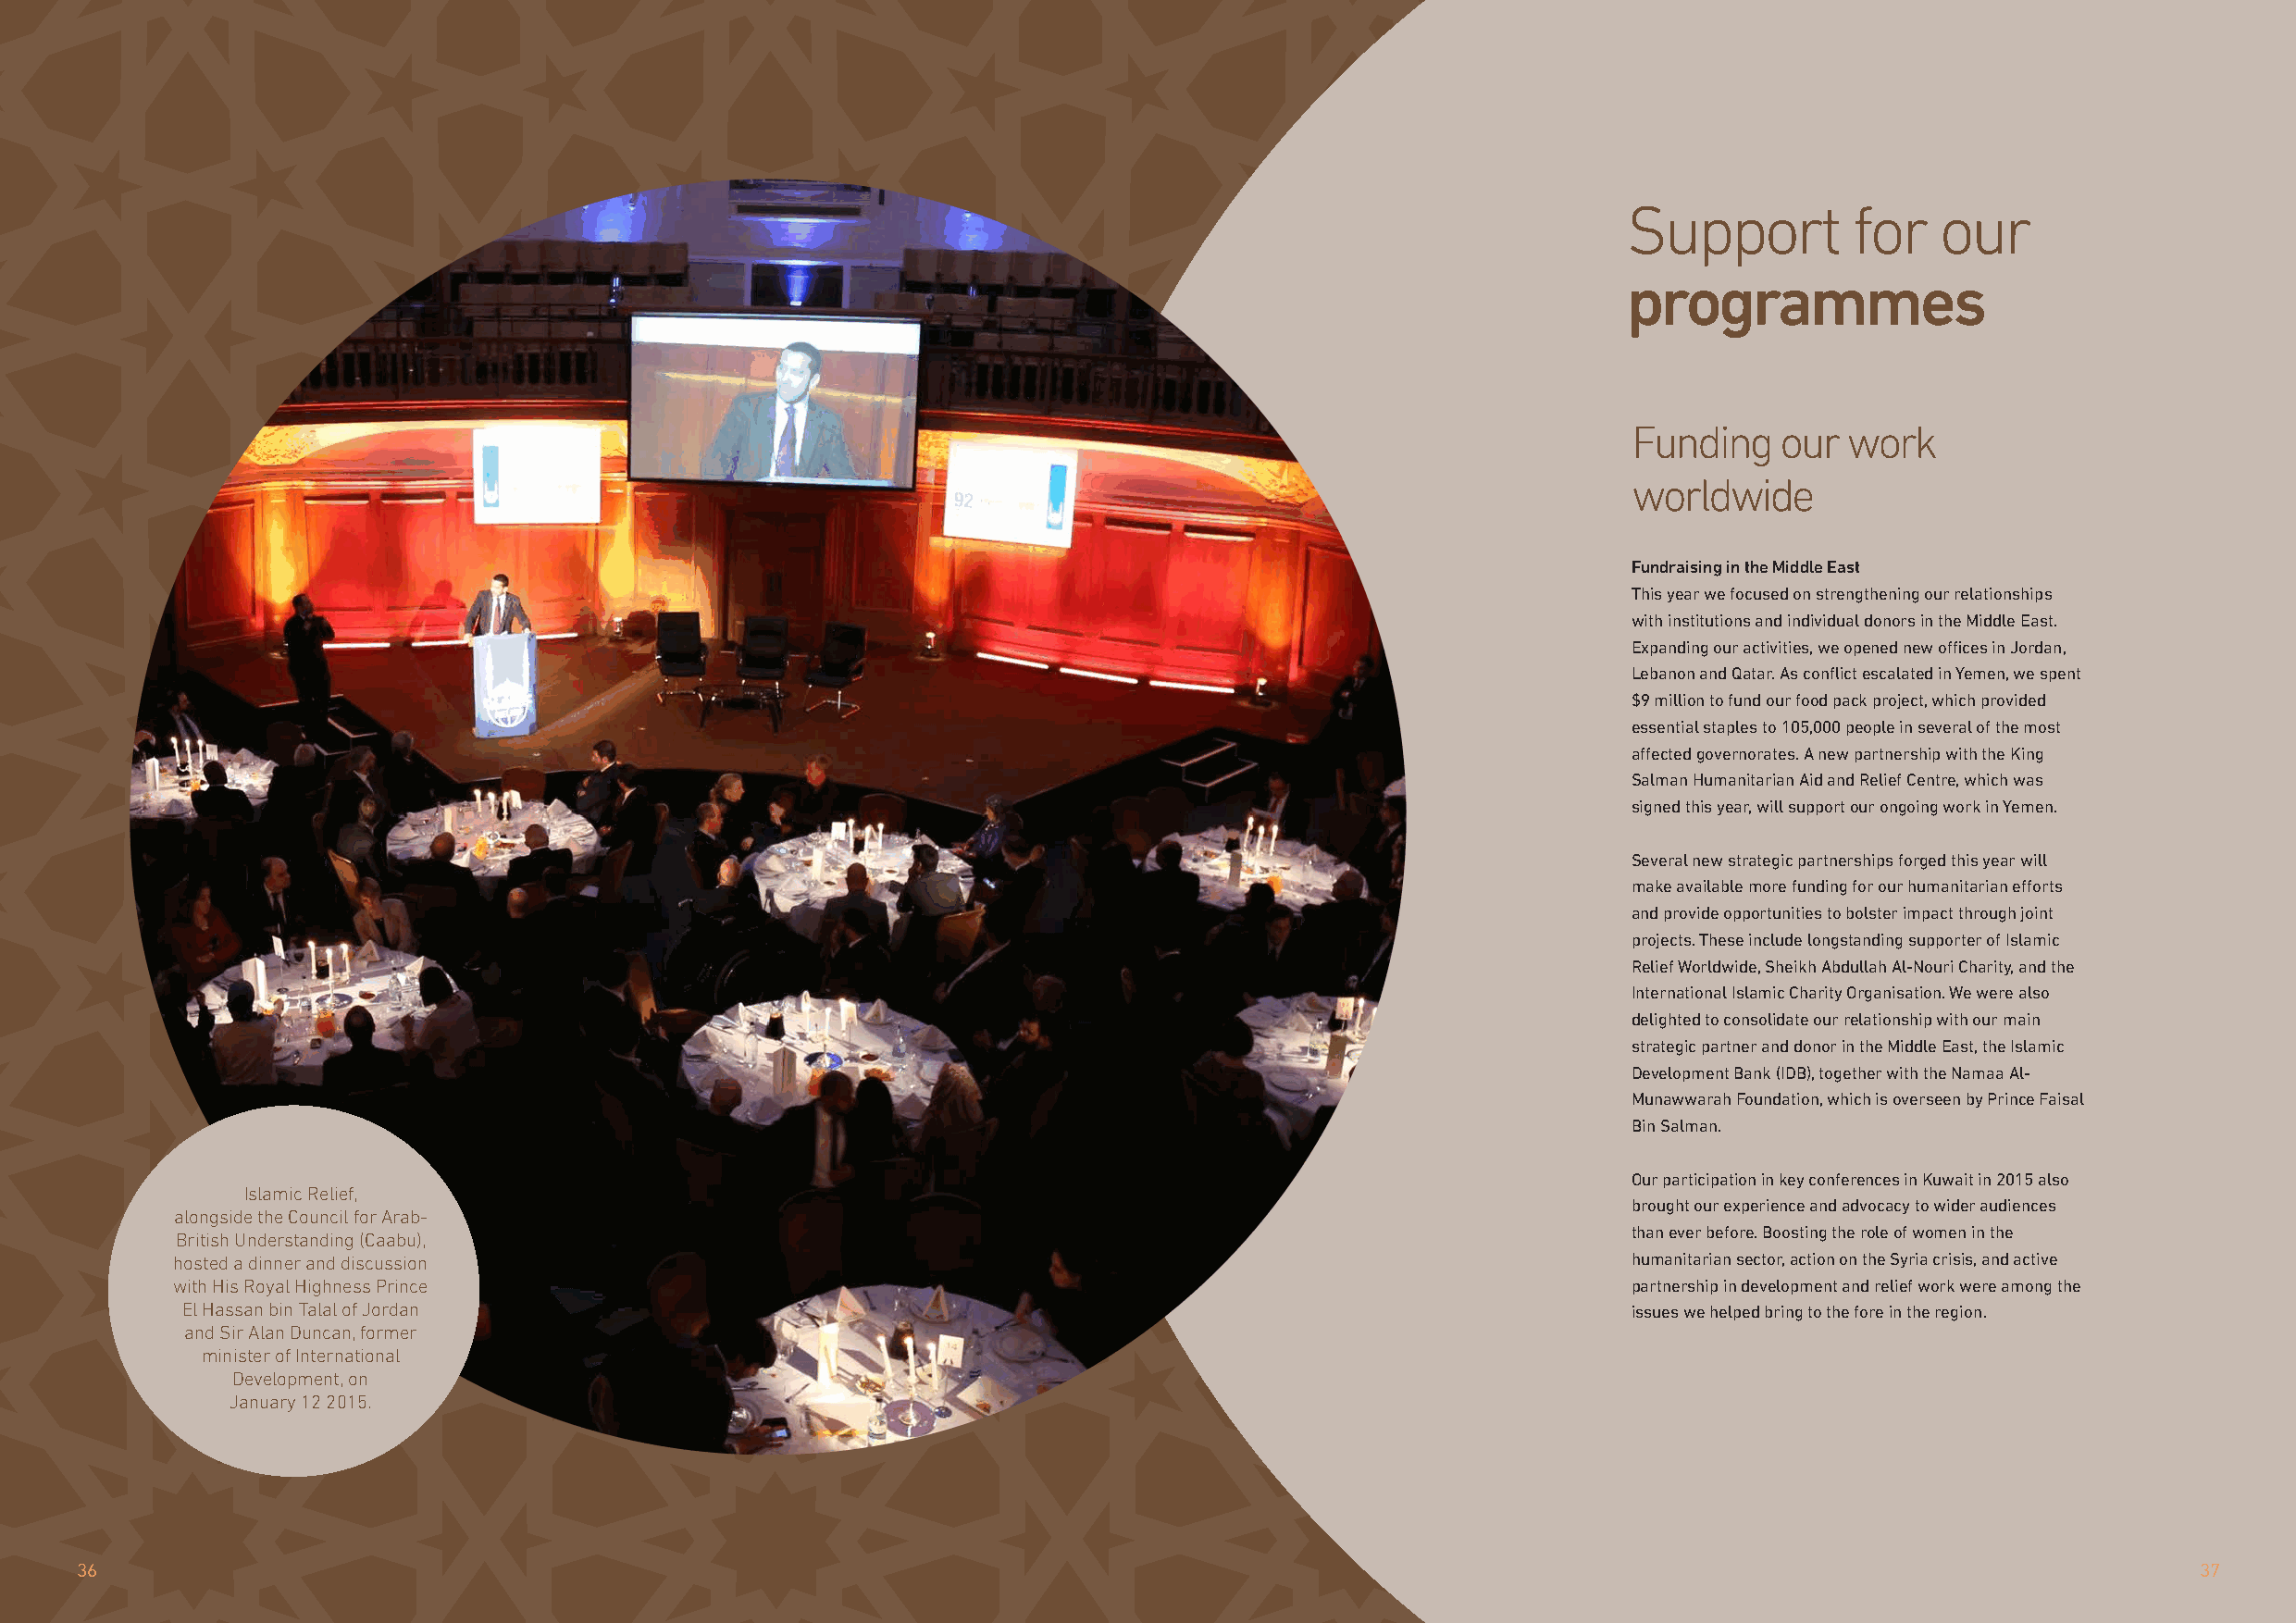
Support         for    our
 programmes
 Funding   our  work
 worldwide
 Fundraising in the Middle East
 This year we focused on strengthening our relationships
 with institutions and individual donors in the Middle East.
 Expanding our activities, we opened new offices in Jordan,
 Lebanon and Qatar. As conflict escalated in Yemen, we spent
 $9 million to fund our food pack project, which provided
 essential staples to 105,000 people in several of the most
 affected governorates. A new partnership with the King
 Salman Humanitarian Aid and Relief Centre, which was
 signed this year, will support our ongoing work in Yemen.
 Several new strategic partnerships forged this year will
 make available more funding for our humanitarian efforts
 and provide opportunities to bolster impact through joint
 projects. These include longstanding supporter of Islamic
 Relief Worldwide, Sheikh Abdullah Al-Nouri Charity, and the
 International Islamic Charity Organisation. We were also
 delighted to consolidate our relationship with our main
 strategic partner and donor in the Middle East, the Islamic
 Development Bank (IDB), together with the Namaa Al-
 Munawwarah Foundation, which is overseen by Prince Faisal
 Bin Salman.
 Our participation in key conferences in Kuwait in 2015 also
 Islamic Relief,
 brought our experience and advocacy to wider audiences
 alongside the Council for Arab-
 than ever before. Boosting the role of women in the
 British Understanding (Caabu),
 hosted a dinner and discussion                                                                           humanitarian sector, action on the Syria crisis, and active
 with His Royal Highness Prince                                                                           partnership in development and relief work were among the
 El Hassan bin Talal of Jordan                                                                           issues we helped bring to the fore in the region.
 and Sir Alan Duncan, former
 minister of International
 Development, on
 January 12 2015.
 36                                                                                                                                                      37